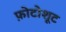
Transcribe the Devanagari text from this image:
फ़ोटोशूट